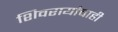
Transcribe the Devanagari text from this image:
शिवरायांचाही